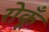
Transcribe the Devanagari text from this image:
रोकूँ